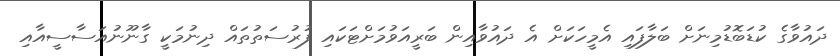
ދައުވާގެ ކުޑަބޮޑުމިނަށް ބަލާފައި އެމީހަކަށް އެ ދައުވާއިން ބަރީއަވުމަށްޓަކައި ފުރުސަތުތައް ދިނުމަކީ ގާނޫނުއަސާސީއާއި